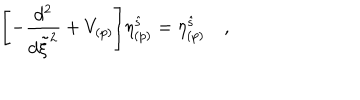
\Biggl [ - { \frac { d ^ { 2 } } { d \tilde { \xi } ^ { 2 } } } + V _ { ( p ) } \Biggl ] \eta _ { ( p ) } ^ { \hat { s } } = \eta _ { ( p ) } ^ { \hat { s } } \quad ,